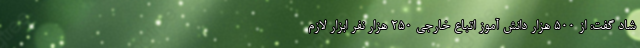
شاد گفت: از 500 هزار دانش آموز اتباع خارجی 250 هزار نفر ابزار لازم